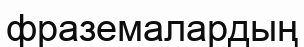
фраземалардың